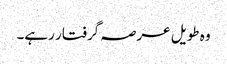
وہ طویل عرصہ گرفتار رہے۔